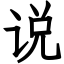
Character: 说